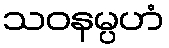
သဝနမ္ပဟံ